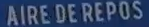
AIRE DE REPÓS